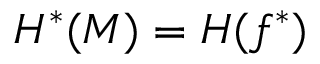
H ^ { * } ( M ) = H ( f ^ { * } )